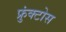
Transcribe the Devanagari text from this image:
फ्रुंक्टोस